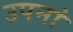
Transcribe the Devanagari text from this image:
उपनां